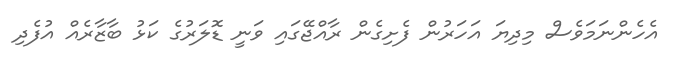
އެހެންނަމަވެސް މިދިޔަ އަހަރުން ފެށިގެން ރާއްޖޭގައި ވަނީ ޑޮލަރުގެ ކަޅު ބާޒާރެއް އުފެދި